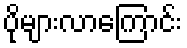
ပိုများလာကြောင်း